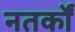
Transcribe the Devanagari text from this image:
नतर्कों